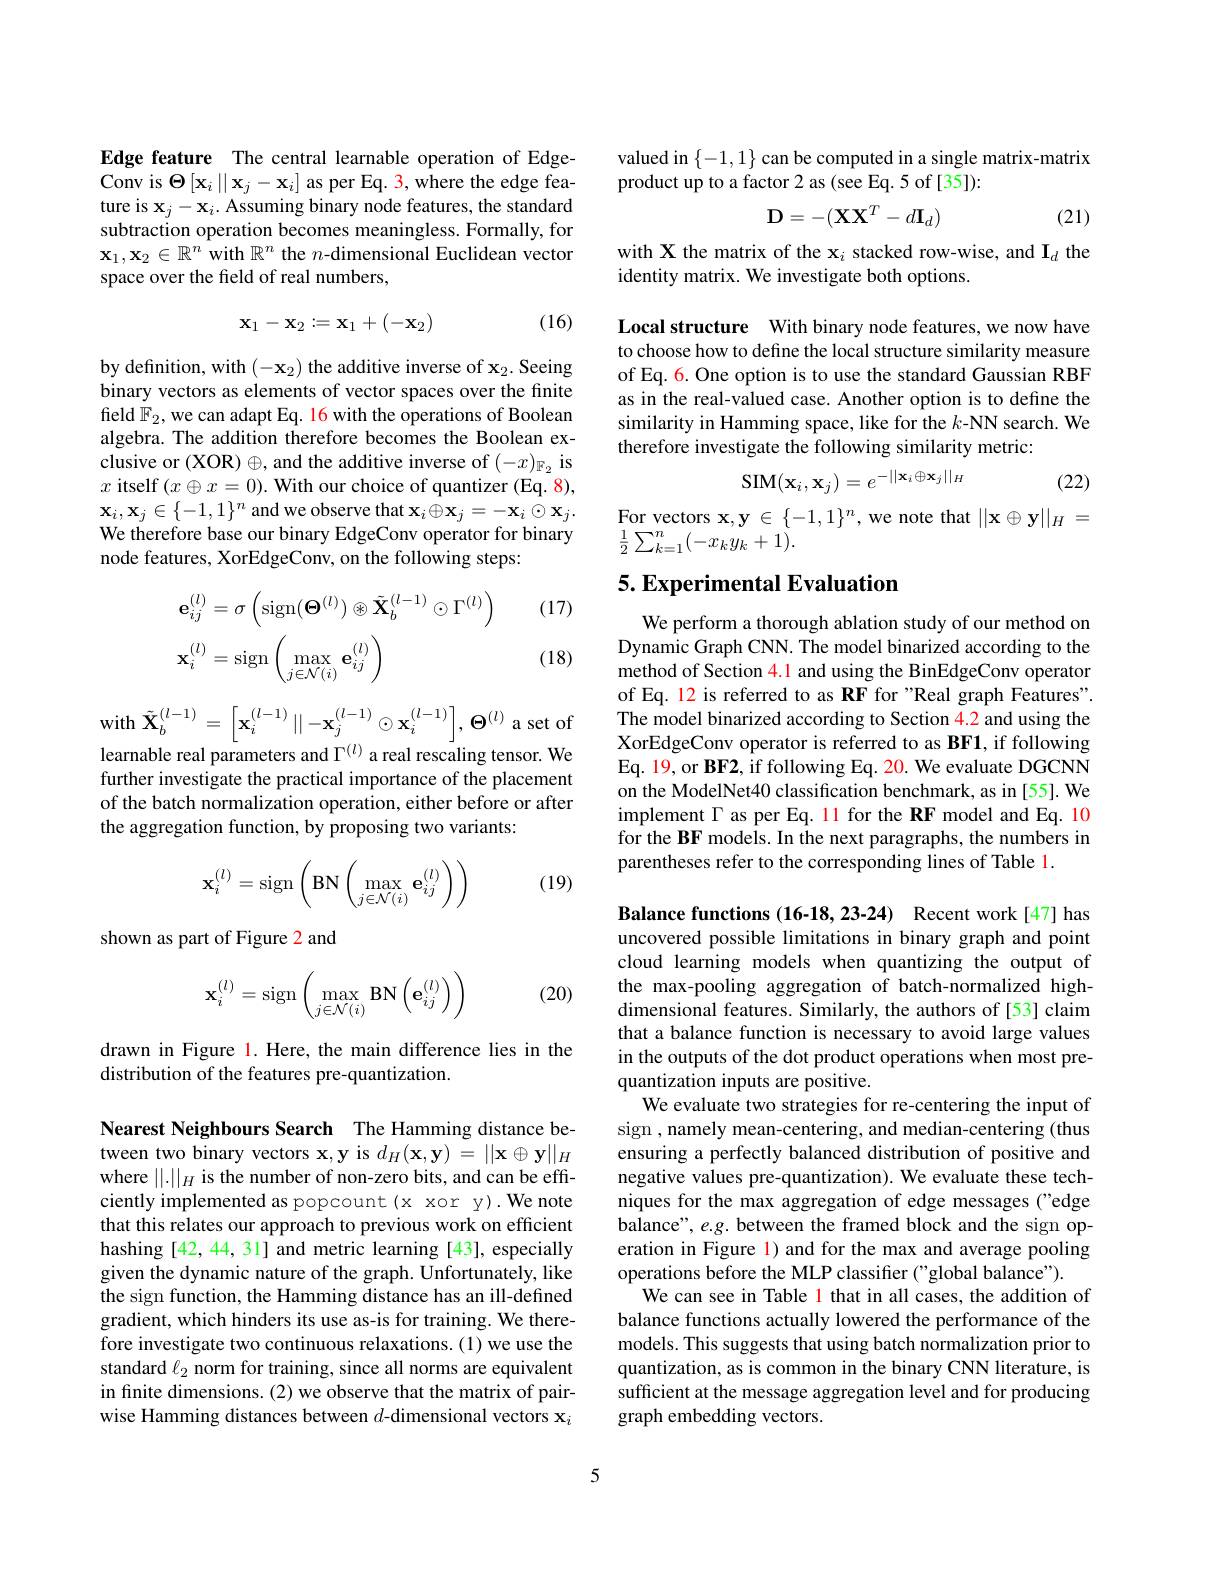
Edge feature The central learnable operation of EdgeConv is $\Theta \left [ \mathbf{x} _{i}\right \| \mathbf{x} _{j}- \mathbf{x} _{i}]$as per Eq.3,where the edge feature is $\mathbf{x}_j-\mathbf{x}_i.$ Assuming binary node features, the standard subtraction operation becomes meaningless. Formally, for $\mathbf{x}_1,\mathbf{x}_2\in\mathbb{R}^n$ with $\mathbb{R}^n$ the $n$-dimensional Euclidean vector space over the field of real numbers,

(16)
$$\mathbf x_1-\mathbf x_2:=\mathbf x_1+(-\mathbf x_2)$$
by definition, with $(-\mathbf{x}_2)$ the additive inverse of $\mathbf{x}_2.$ Seeing binary vectors as elements of vector spaces over the finite field $\mathbb{F}_2$, we can adapt Eq. 16 with the operations of Boolean algebra. The addition therefore becomes the Boolean exclusive or (XOR) $\oplus$, and the additive inverse of $(-x)_{\mathbb{F}_2}$ is $x$ itself$( x\oplus x= 0) . \textbf{With our choice of quantizer ( Eq. 8) , }$ $\mathbf{x}_{i},\mathbf{x}_{j}\in\{-1,1\}^{n}$ and we observe that $\mathbf{x}_i\oplus\mathbf{x}_{j}=-\mathbf{x}_{i}\odot\mathbf{x}_{j}.$ We therefore base our binary EdgeConv operator for binary node features, XorEdgeConv, on the following steps:

(17)
$$\begin{aligned}&\mathbf{e}_{ij}^{(l)}=\sigma\left(\mathrm{sign}(\boldsymbol{\Theta}^{(l)})\otimes\tilde{\mathbf{X}}_{b}^{(l-1)}\odot\Gamma^{(l)}\right)\\&\mathbf{x}_{i}^{(l)}=\mathrm{sign}\left(\max_{j\in\mathcal{N}(i)}\mathbf{e}_{ij}^{(l)}\right)\end{aligned}$$
(18)

with$\tilde{\mathbf{X}}_{b}^{(l-1)}=\left\lceil\mathbf{x}_{i}^{(l-1)}\parallel-\mathbf{x}_{j}^{(l-1)}\odot\mathbf{x}_{i}^{(l-1)}\right\rceil,\Theta^{(l)}$a set of learnable real parameters and $\Gamma^{(l)}$ a real rescaling tensor. We

further investigate the practical importance of the placement of the batch normalization operation, either before or after the aggregation function, by proposing two variants:

(19)
$$\mathbf{x}_i^{(l)}=\operatorname{sign}\left(\operatorname{BN}\left(\max\limits_{j\in\mathcal{N}(i)}\mathbf{e}_{ij}^{(l)}\right)\right)$$
shown as part of Figure 2 and
$$\mathbf{x}_i^{(l)}=\operatorname{sign}\begin{pmatrix}\max\limits_{j\in\mathcal{N}(i)}\operatorname{BN}\left(\mathbf{e}_{ij}^{(l)}\right)\end{pmatrix}$$
(20)

drawn in Figure l. Here, the main difference lies in the
distribution of the features pre-quantization.

Nearest Neighbours Search The Hamming distance between two binary vectors $\mathbf{x},\mathbf{y}$ is $d_H(\mathbf{x},\mathbf{y})=||\mathbf{x}\oplus\mathbf{y}||_H$ where $||.||_H$ is the number of non-zero bits, and can be efficiently implemented as popcount (x xor y). We note that this relates our approach to previous work on efficient hashing [42, 44, 31] and metric learning [43], especially given the dynamic nature of the graph. Unfortunately, like the sign function, the Hamming distance has an ill-defined gradient, which hinders its use as-is for training. We therefore investigate two continuous relaxations.(1) we use the standard $\ell_2$ norm for training, since all norms are equivalent in finite dimensions.(2) we observe that the matrix of pairwise Hamming distances between $d$-dimensional vectors $\mathbf{x}_i$

valued in $\{-1,1\}$ can be computed in a single matrix-matrix
product up to a factor 2 as (see Eq. 5 of [35]):
$$\mathbf{D}=-(\mathbf{X}\mathbf{X}^T-d\mathbf{I}_d)$$
(21)

with X the matrix of the $\mathbf{x}_i$ stacked row-wise, and $\mathbf{I}_d$ the
identity matrix. We investigate both options.

Local structure With binary node features, we now have to choose how to define the local structure similarity measure of Eq. 6. One option is to use the standard Gaussian RBF as in the real-valued case. Another option is to define the similarity in Hamming space, like for the $k$-NN search. We therefore investigate the following similarity metric:
$$\mathrm{SIM}(\mathbf{x}_i,\mathbf{x}_j)=e^{-||\mathbf{x}_i\oplus\mathbf{x}_j||_H}$$
(22)

$\begin{array}{l}{\mathrm{For~vectors~x,y~\in~\{-1,1\}^{n},~we~note~that~||x\oplus y||_{H}~=}}\\{\mathrm{For~vectors~x,y~\in~\{-1,1\}^{n},~we~note~that~||x\oplus y||_{H}~=}}\\{\mathrm{For~vectors~x,y~\in~\{-1,1\}^{n},~we\:note~that~||x\oplus y||_{H}~=}}\end{array}$
$\frac{1}{2}\sum_{k=1}^n(-x_ky_k+1).$

## 5. Experimental Evaluation

We perform a thorough ablation study of our method on Dynamic Graph CNN. The model binarized according to the method of Section 4.1 and using the BinEdgeConv operator of Eq. 12 is referred to as RF for "Real graph Features". The model binarized according to Section 4.2 and using the XorEdgeConv operator is referred to as BF1, if following Eq. 19, or BF2, if following Eq. 20. We evaluate DGCNN on the ModelNet40 classification benchmark, as in [55]. We implement $\Gamma$ as per Eq. ll for the RF model and Eq. 10 for the BF models. In the next paragraphs, the numbers in parentheses refer to the corresponding lines of Table 1.

Balance functions (16-18,23-24) Recent work[47] has uncovered possible limitations in binary graph and point cloud learning models when quantizing the output of the max-pooling aggregation of batch-normalized highdimensional features. Similarly, the authors of [53] claim that a balance function is necessary to avoid large values in the outputs of the dot product operations when most prequantization inputs are positive.
We evaluate two strategies for re-centering the input of sign , namely mean-centering, and median-centering (thus ensuring a perfectly balanced distribution of positive and negative values pre-quantization). We evaluate these techniques for the max aggregation of edge messages ("edge balance", e.g. between the framed block and the sign operation in Figure l) and for the max and average pooling operations before the MLP classifier ("global balance").
We can see in Table 1 that in all cases, the addition of balance functions actually lowered the performance of the models. This suggests that using batch normalization prior to quantization, as is common in the binary CNN literature, is sufficient at the message aggregation level and for producing graph embedding vectors.

5